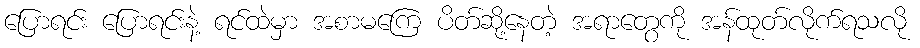
ပြောရင်း ပြောရင်းနဲ့ ရင်ထဲမှာ အစာမကြေ ပိတ်ဆို့နေတဲ့ အရာတွေကို အန်ထုတ်လိုက်ရသလို